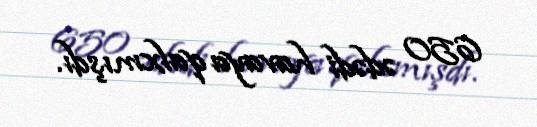
650 ədədi havaya qalxmışdı.